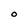
Character: O